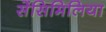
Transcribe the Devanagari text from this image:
सेंसिमिलिया